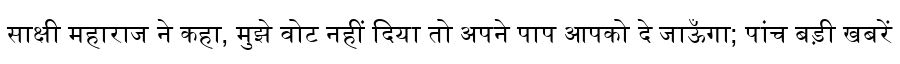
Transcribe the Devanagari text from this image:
साक्षी महाराज ने कहा, मुझे वोट नहीं दिया तो अपने पाप आपको दे जाऊँगा; पांच बड़ी खबरें